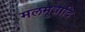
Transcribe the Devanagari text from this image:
मलमूत्रादि